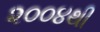
૨૦૦૪થી